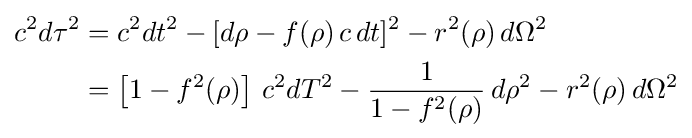
{\begin{aligned}c^{2}d\tau ^{2}&=c^{2}dt^{2}-[d\rho -f(\rho )\,c\,dt]^{2}-r^{2}(\rho )\,d\Omega ^{2}\\&=\left[1-f^{2}(\rho )\right]\,c^{2}dT^{2}-{\frac {1}{1-f^{2}(\rho )}}\,d\rho ^{2}-r^{2}(\rho )\,d\Omega ^{2}\end{aligned}}